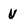
Character: U